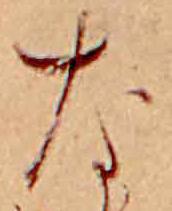
な